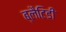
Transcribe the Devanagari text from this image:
ब्लैटिडी